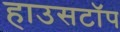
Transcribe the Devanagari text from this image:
हाउसटॉप